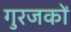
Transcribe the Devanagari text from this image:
गुरजकों